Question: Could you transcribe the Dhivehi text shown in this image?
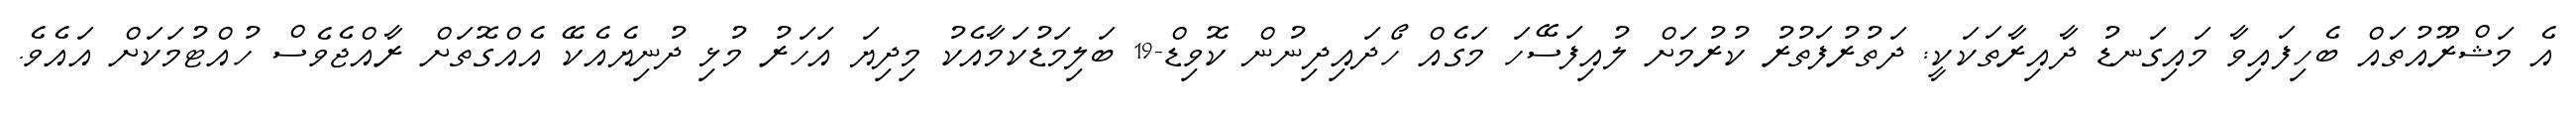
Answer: އެ މަޝްރޫއުތައް ބެހިފައިވާ މައިގަނޑު ދާއިރާތަކަކީ: ދަތުރުފަތުރު ކުރުމަށް ލުއިފަސޭހަ މަގެއް ހޯދައިދިނުން ކޮވިޑް-19 ބަލިމަޑުކަމާއެކު މިދިޔަ އަހަރު މުޅި ދުނިޔެއެކޭ އެއްގޮތަށް ރާއްޖެވެސް ހުއްޓުމަކަށް އައެވެ.